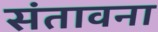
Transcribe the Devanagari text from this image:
संतावना